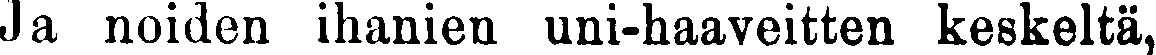
Ja noiden ihanien uni-haaveitten keskeltä,